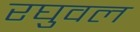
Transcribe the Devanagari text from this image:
रघुवल